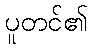
ပူတင်၏